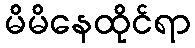
မိမိနေထိုင်ရာ